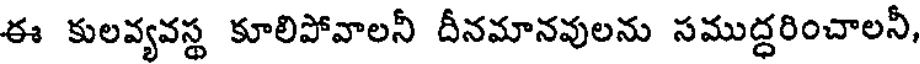
ఈ కులవ్యవస్థ కూలిపోవాలనీ దీనమానవులను సముద్ధరించాలనీ,